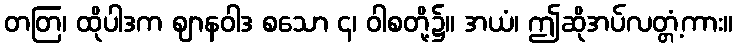
တတြ၊ ထိုပါဒက ဈာနဝါဒ စသော ၄၊ ဝါစတို့၌။ အယံ၊ ဤဆိုအပ်လတ္တံ့ကား။